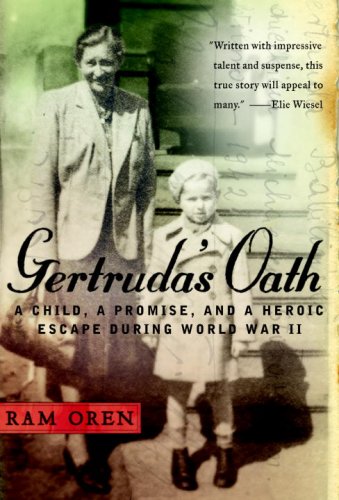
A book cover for Gertruda's Oath: A Child, a Promise, and a Heroic Escape During World War II; Ram Oren; Biographies & Memoirs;